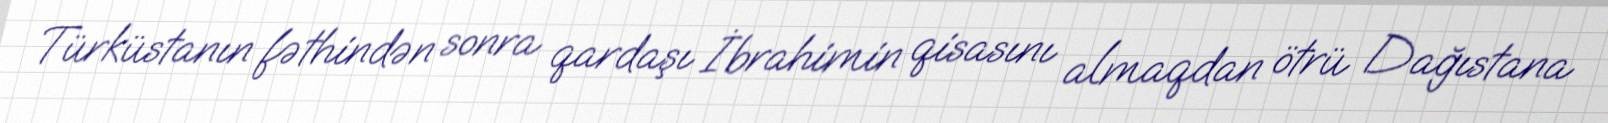
Türküstanın fəthindən sonra qardaşı İbrahimin qisasını almaqdan ötrü Dağıstana